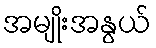
အမျိုးအနွယ်